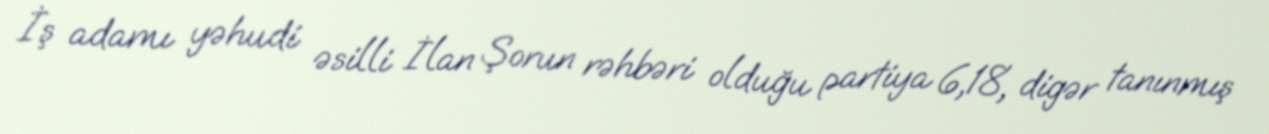
İş adamı yəhudi əsilli İlan Şorun rəhbəri olduğu partiya 6,18, digər tanınmış